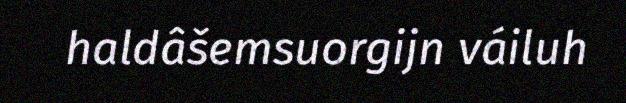
haldâšemsuorgijn váiluh